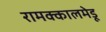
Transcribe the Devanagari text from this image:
रामक्कालमेडू